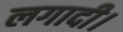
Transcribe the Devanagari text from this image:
लगादी।